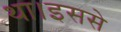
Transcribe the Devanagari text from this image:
था।इससे